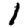
Digit: 1